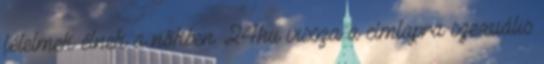
félelmek élnek a nőkben. 24hu vissza a címlapra szexuális